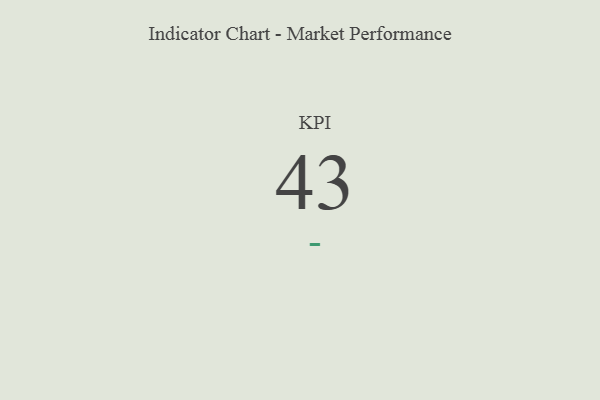
{"axis": {"x": "KPI", "y": "Value"}, "legend": [""], "data": [{"x": "KPI", "y": 43, "type": ""}]}